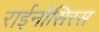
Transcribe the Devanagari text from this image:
राईनोसिरस